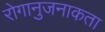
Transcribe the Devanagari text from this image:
रोगानुजनाकता